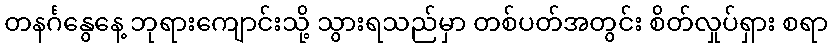
တနင်္ဂနွေနေ့ ဘုရားကျောင်းသို့ သွားရသည်မှာ တစ်ပတ်အတွင်း စိတ်လှုပ်ရှား စရာ